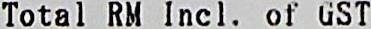
TOTAL RM INCL. OF GST